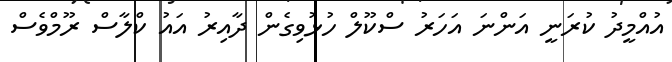
އުއްމީދު ކުރަނީ އަންނަ އަހަރު ސްކޫލް ހުޅުވިގެން ދާއިރު އައު ކްލާސް ރޫމްވެސް